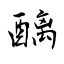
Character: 醨